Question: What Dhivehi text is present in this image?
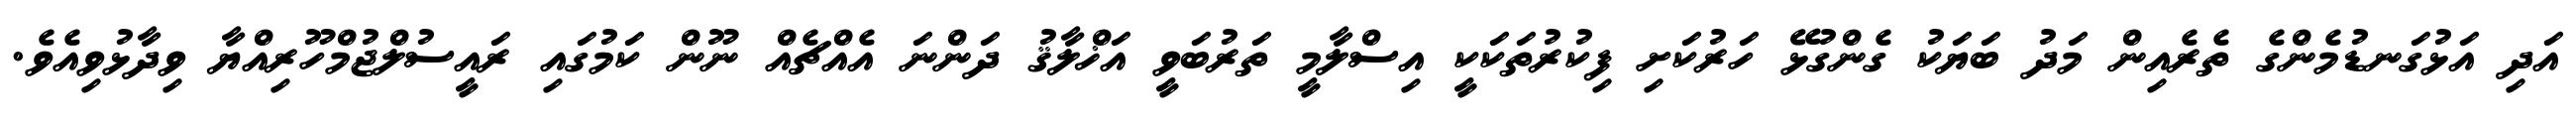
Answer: އަދި އަޅުގަނޑުމެންގެ ތެރެއިން މަދު ބަޔަކު ގެންގުޅޭ ހަރުކަށި ފިކުރުތަކަކީ އިސްލާމީ ތަރުބަވީ އަޚްލާޤު ދަންނަ އެއްޗެއް ނޫން ކަމުގައި ރައީސުލްޖުމްހޫރިއްޔާ ވިދާޅުވިއެވެ.